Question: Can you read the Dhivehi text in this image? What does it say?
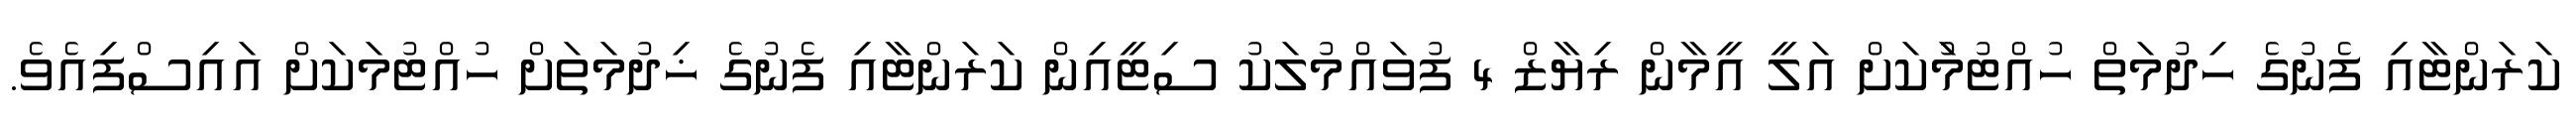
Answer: ކަރަންޓާއި ފެނުގެ ހިދުމަތް ހުއްޓުމުަކަށް އަލީ އީމާން ރިޔާޒް 4 ފުވައްމުލަކު ސިޓީއިން ކަރަންޓާއި ފެނުގެ ޚިދުމަތަށް ހުއްޓުމަކަށް އައިސްފިއެވެ.